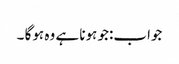
جواب:جو ہونا ہے وہ ہوگا ۔